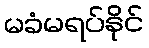
မခံမရပ်နိုင်